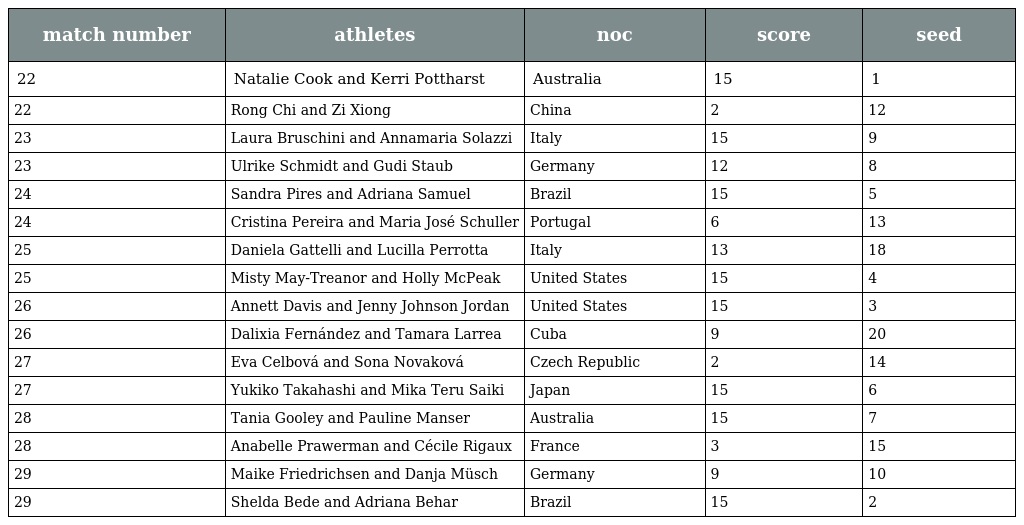
| match number | athletes | noc | score | seed |
 | --- | --- | --- | --- | --- |
 | 22 | Natalie Cook and Kerri Pottharst | Australia | 15 | 1 |
 | 22 | Rong Chi and Zi Xiong | China | 2 | 12 |
 | 23 | Laura Bruschini and Annamaria Solazzi | Italy | 15 | 9 |
 | 23 | Ulrike Schmidt and Gudi Staub | Germany | 12 | 8 |
 | 24 | Sandra Pires and Adriana Samuel | Brazil | 15 | 5 |
 | 24 | Cristina Pereira and Maria José Schuller | Portugal | 6 | 13 |
 | 25 | Daniela Gattelli and Lucilla Perrotta | Italy | 13 | 18 |
 | 25 | Misty May-Treanor and Holly McPeak | United States | 15 | 4 |
 | 26 | Annett Davis and Jenny Johnson Jordan | United States | 15 | 3 |
 | 26 | Dalixia Fernández and Tamara Larrea | Cuba | 9 | 20 |
 | 27 | Eva Celbová and Sona Novaková | Czech Republic | 2 | 14 |
 | 27 | Yukiko Takahashi and Mika Teru Saiki | Japan | 15 | 6 |
 | 28 | Tania Gooley and Pauline Manser | Australia | 15 | 7 |
 | 28 | Anabelle Prawerman and Cécile Rigaux | France | 3 | 15 |
 | 29 | Maike Friedrichsen and Danja Müsch | Germany | 9 | 10 |
 | 29 | Shelda Bede and Adriana Behar | Brazil | 15 | 2 |